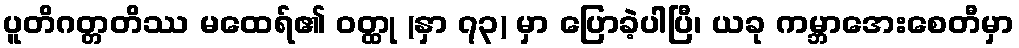
ပူတိဂတ္တတိဿ မထေရ်၏ ဝတ္ထု (နှာ ၇၃) မှာ ပြောခဲ့ပါပြီ၊ ယခု ကမ္ဘာအေးစေတီမှာ